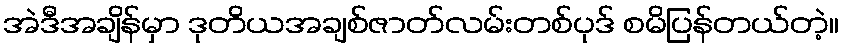
အဲဒီအချိန်မှာ ဒုတိယအချစ်ဇာတ်လမ်းတစ်ပုဒ် စမိပြန်တယ်တဲ့။